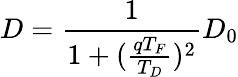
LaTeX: D=\frac{1}{1+(\frac{qT_{F}}{T_{D}})^{2}}D_{0}